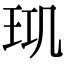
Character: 𤤲